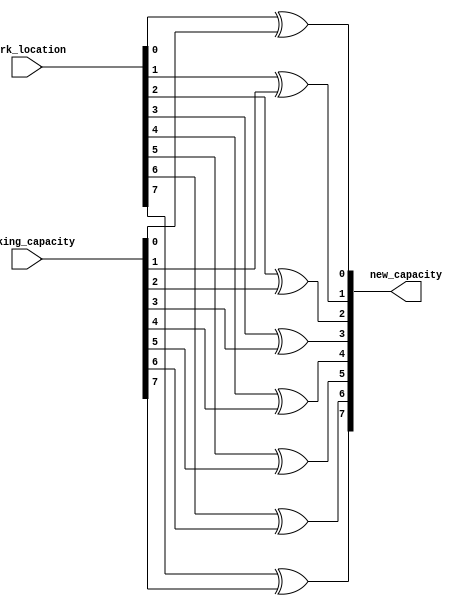
`timescale 1ns / 1ns
//////////////////////////////////////////////////////////////////////////////////
// Company: 
// Engineer: 
// 
// Design Name: 
// Module Name:    calculate_new_capacity 
// Project Name: 
// Target Devices: 
// Tool versions: 
// Description: 
//
// Dependencies: 
//
// Revision: 
// Revision 0.01 - File Created
// Additional Comments: 
//
//////////////////////////////////////////////////////////////////////////////////
module calculate_new_capacity(
 park_location,
 parking_capacity,
 new_capacity);
input [7:0] park_location;
input [7:0] parking_capacity;
output [7:0] new_capacity;
xor x(new_capacity[0], park_location[0], parking_capacity[0]),
    (new_capacity[1], park_location[1], parking_capacity[1]),
    (new_capacity[2], park_location[2], parking_capacity[2]),
    (new_capacity[3], park_location[3], parking_capacity[3]),
    (new_capacity[4], park_location[4], parking_capacity[4]),
    (new_capacity[5], park_location[5], parking_capacity[5]),
    (new_capacity[6], park_location[6], parking_capacity[6]),
    (new_capacity[7], park_location[7], parking_capacity[7]);
endmodule